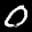
Label: 0